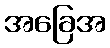
အခြေအ